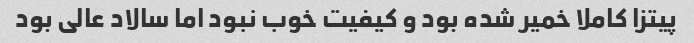
پیتزا کاملا خمیر شده بود و کیفیت خوب نبود اما سالاد عالی بود